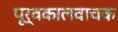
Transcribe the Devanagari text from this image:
पूर्वकालवाचक